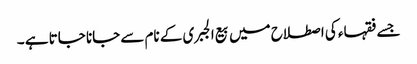
جسے فقہاء کی اصطلاح میں بیع الجبری کے نام سے جانا جاتا ہے ۔